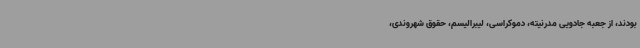
بودند، از جعبه جادویی مدرنیته، دموکراسی، لیبرالیسم، حقوق شهروندی،